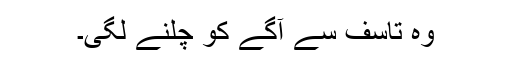
وہ تاسف سے آگے کو چلنے لگی۔